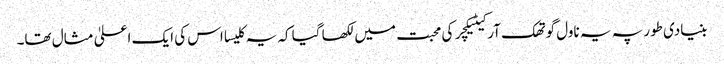
بنیادی طور پہ یہ ناول گوتھک آرکیٹیکچر کی محبت میں لکھا گیا کہ یہ کلیسا اس کی ایک اعلیٰ مثال تھا۔